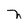
Character: n